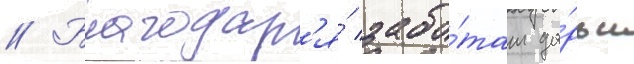
// Благодар'я́ забо́там да́рьи